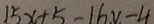
1 5 x + 5 - 1 6 x - 4